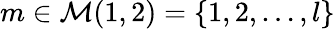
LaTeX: m\in\mathcal{M}(1,2)=\{ 1,2,\ldots,l\}